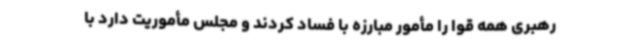
رهبری همه قوا را مأمور مبارزه با فساد کردند و مجلس مأموریت دارد با